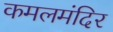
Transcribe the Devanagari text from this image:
कमलमंदिर